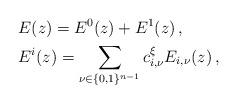
LaTeX: \begin{align*}&E(z)=E^0(z)+E^1(z)\,,\\&E^i(z)=\sum_{\nu\in\{0,1\}^{n-1}}c^\xi_{i,\nu}E_{i,\nu}(z)\,,\end{align*}